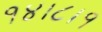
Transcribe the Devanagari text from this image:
१४।८।१